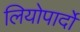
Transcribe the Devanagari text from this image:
लियोपार्दो